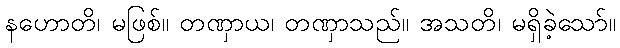
နဟောတိ၊ မဖြစ်။ တဏှာယ၊ တဏှာသည်။ အသတိ၊ မရှိခဲ့သော်။